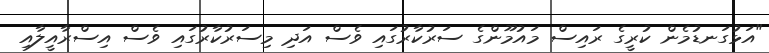
"އަޅުގަނޑުމެން ކުރީގެ ރައިސް މައުމޫންގެ ސަރުކާރުގައި ވެސް އަދި މިސަރުކާރުގައި ވެސް އިސްރާއީލާއި